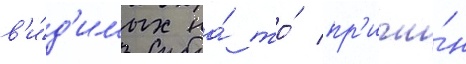
в'и́д'имых на́ то́ пр'ичи́н